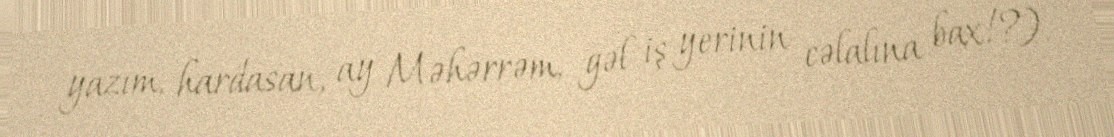
yazım, hardasan, ay Məhərrəm, gəl iş yerinin cəlalına bax!?).